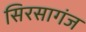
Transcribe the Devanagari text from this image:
सिरसागंज